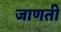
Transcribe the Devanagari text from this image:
जाणती